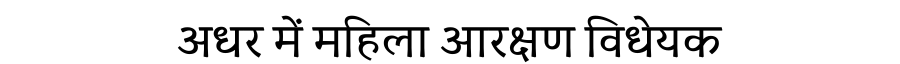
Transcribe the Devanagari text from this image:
अधर में महिला आरक्षण विधेयक